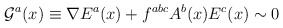
\begin{align*}{\cal G}^a(x)\equiv\nabla E^a(x)+f^{abc}A^b(x)E^c(x)\sim0\end{align*}